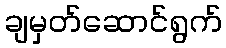
ချမှတ်ဆောင်ရွက်